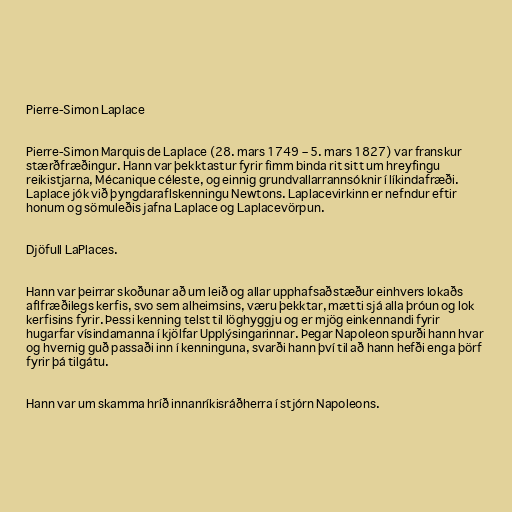
Pierre-Simon Laplace

Pierre-Simon Marquis de Laplace (28. mars 1749 – 5. mars 1827) var franskur
stærðfræðingur. Hann var þekktastur fyrir fimm binda rit sitt um hreyfingu
reikistjarna, Mécanique céleste, og einnig grundvallarrannsóknir í líkindafræði.
Laplace jók við þyngdaraflskenningu Newtons. Laplacevirkinn er nefndur eftir
honum og sömuleðis jafna Laplace og Laplacevörpun.

Djöfull LaPlaces.

Hann var þeirrar skoðunar að um leið og allar upphafsaðstæður einhvers lokaðs
aflfræðilegs kerfis, svo sem alheimsins, væru þekktar, mætti sjá alla þróun og lok
kerfisins fyrir. Þessi kenning telst til löghyggju og er mjög einkennandi fyrir
hugarfar vísindamanna í kjölfar Upplýsingarinnar. Þegar Napoleon spurði hann hvar
og hvernig guð passaði inn í kenninguna, svarði hann því til að hann hefði enga þörf
fyrir þá tilgátu.

Hann var um skamma hríð innanríkisráðherra í stjórn Napoleons.